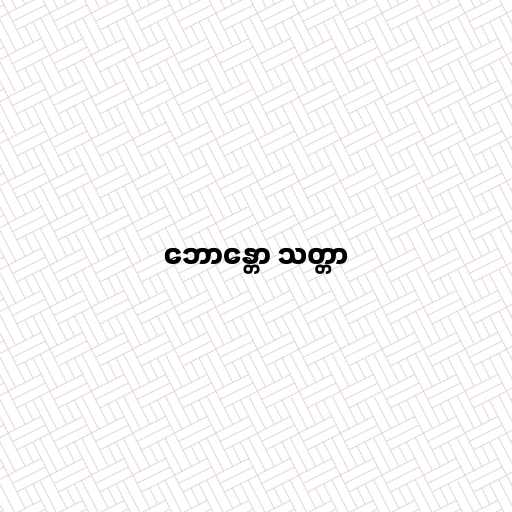
ဘောန္တော သတ္တာ